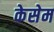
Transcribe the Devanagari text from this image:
केसेम